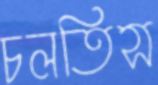
চলতিস